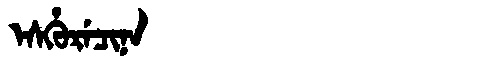
Manchu: ᡝᠰᡥᡠᡵᡝᠴᡳᠨᠠ
Romanization: ESHURECINA